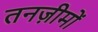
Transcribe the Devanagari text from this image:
तनज़ीमों